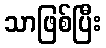
သာဖြစ်ပြီး